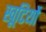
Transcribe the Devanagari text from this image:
खूटियों